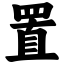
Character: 置